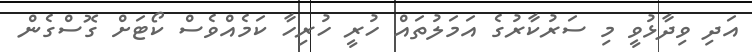
އަދި ވިދާޅުވީ މި ސަރުކާރުގެ އަމަލުތައް ހުރީ ހުރިހާ ކަމެއްވެސް ކޯޓަށް ގޮސްގެން